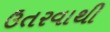
ઉતરવાથી